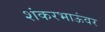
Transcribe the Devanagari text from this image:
शंकरभाऊंवर